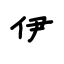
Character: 伊